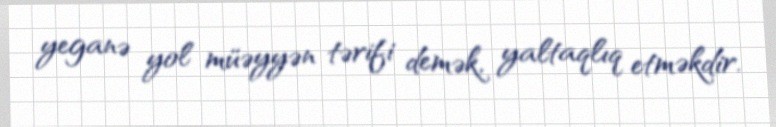
yeganə yol müəyyən tərifi demək, yaltaqlıq etməkdir.